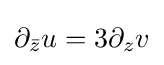
\displaystyle \partial _{\bar {z}}u=3\partial _{z}v